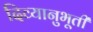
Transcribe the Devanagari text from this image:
दिव्यानुभूती